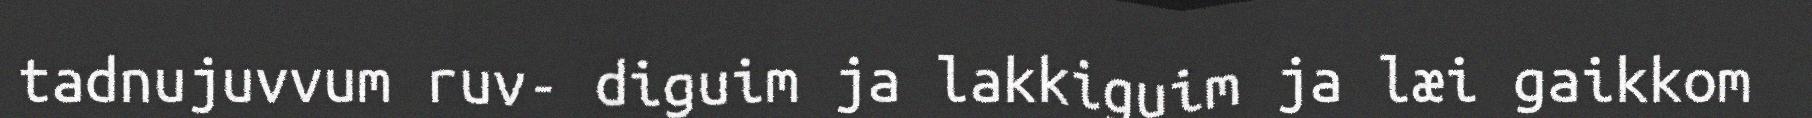
tadnujuvvum ruv- diguim ja lakkiguim ja læi gaikkom